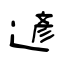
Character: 遃